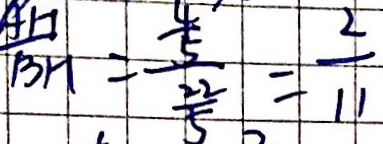
\frac { A H } { B H } = \frac { \frac { 4 } { 5 } } { \frac { 2 2 } { 5 } } = \frac { 2 } { 1 1 }